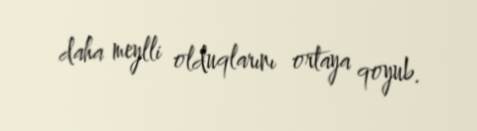
daha meylli olduqlarını ortaya qoyub.